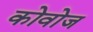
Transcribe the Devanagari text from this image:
कोवोज